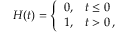
H ( t ) = \left\{ \begin{array} { l l } { 0 , } & { t \le 0 } \\ { 1 , } & { t > 0 \, , } \end{array} \right.